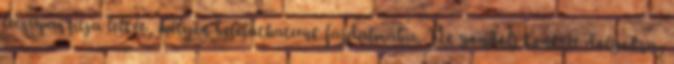
lecsupaszítja lelkét, mélyen beleláthatunk fájdalmába. Ne gondolj konkrét dolgokra,